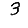
Digit: 3